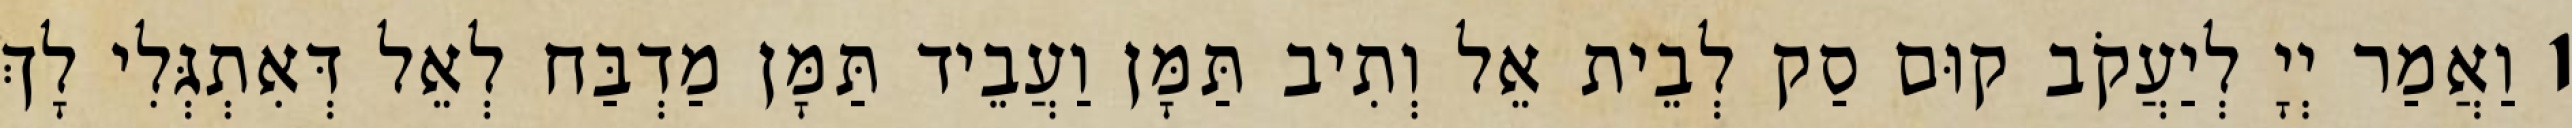
1 וַאֲמַר יְיָ לְיַעֲקֹב קוּם סַק לְבֵית אֵל וְתִיב תַּמָּן וַעֲבֵיד תַּמָּן מַדְבַּח לְאֵל דְּאִתְגְּלִי לָךְ